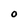
Character: 0